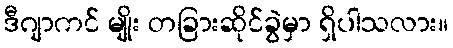
ဒီဂျာကင် မျိုး တခြားဆိုင်ခွဲမှာ ရှိပါသလား။